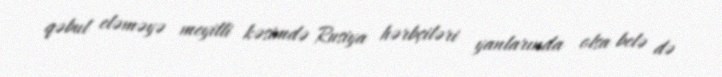
qəbul eləməyə meyilli kəsimdə Rusiya hərbçiləri yanlarında olsa belə də